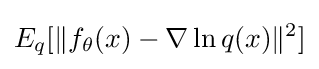
E_{q}[\|f_{\theta }(x)-\nabla \ln q(x)\|^{2}]